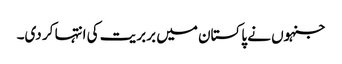
جنہوں نے پاکستان میں بربریت کی انتہا کر دی۔